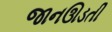
જાનઊડતી